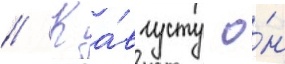
// К а́вгусту о́н